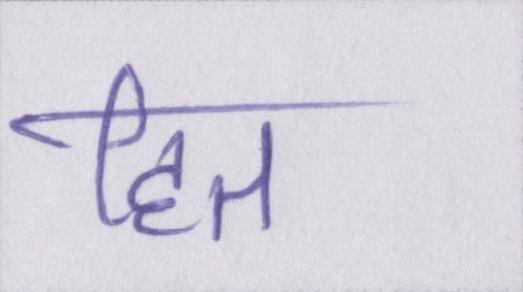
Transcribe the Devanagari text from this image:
हित